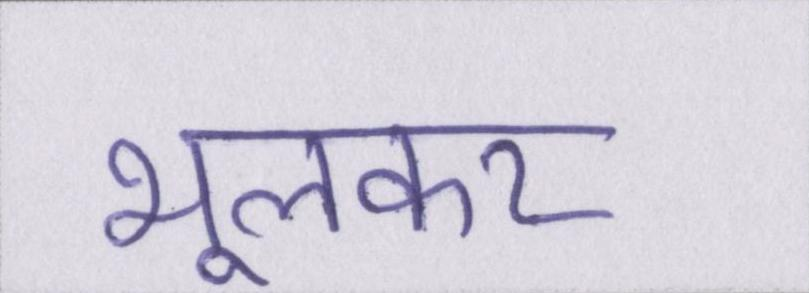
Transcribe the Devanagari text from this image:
भूलकर